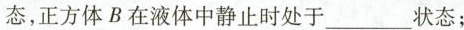
态，正方体B在液体中静止时处于____状态；